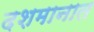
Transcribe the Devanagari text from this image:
दशमानात